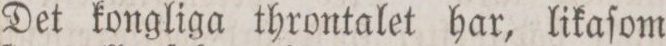
Det kongliga throntalet har, likaſom